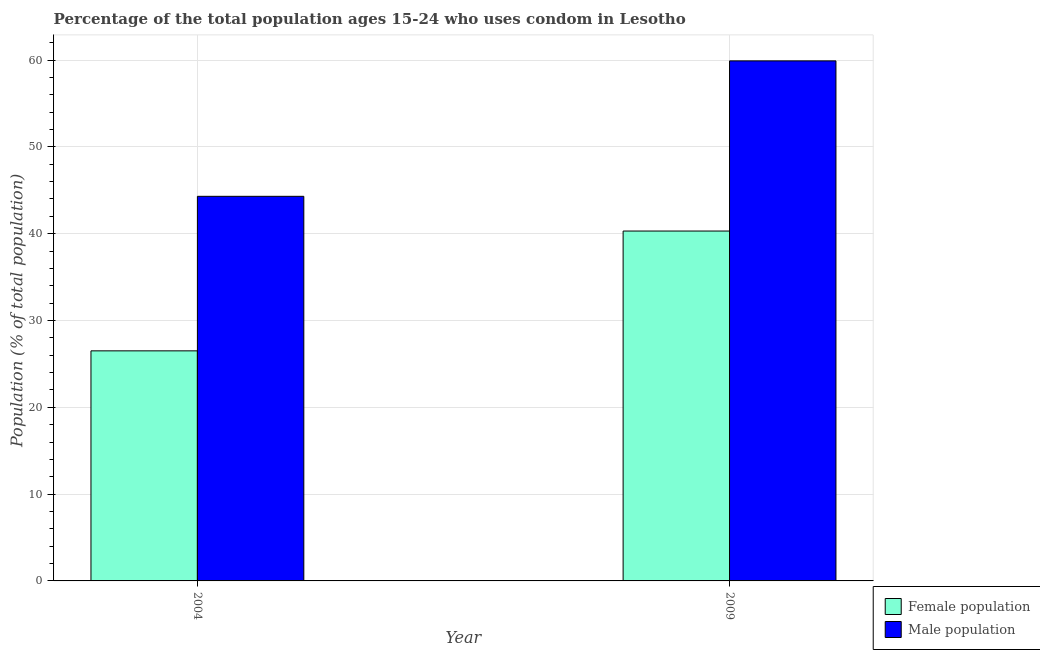
| Year | Female population | Male population |
 | --- | --- | --- |
 | 2004 | 26.5 | 44.3 |
 | 2009 | 40.3 | 59.9 |